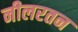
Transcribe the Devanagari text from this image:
नीलरतन